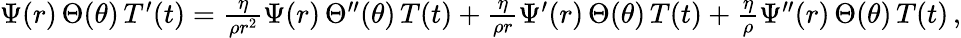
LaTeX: \begin{array}{r}{\Psi(r)\, \Theta(\theta)\, T^{\prime}(t)=\frac{\eta}{\rho r^{2}}\Psi(r)\, \Theta^{\prime\prime}(\theta)\, T(t)+\frac{\eta}{\rho r}\Psi^{\prime}(r)\, \Theta(\theta)\, T(t)+\frac{\eta}{\rho}\Psi^{\prime\prime}(r)\, \Theta(\theta)\, T(t)\, ,}\end{array}